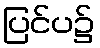
ပြင်ပ၌